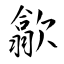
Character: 歙